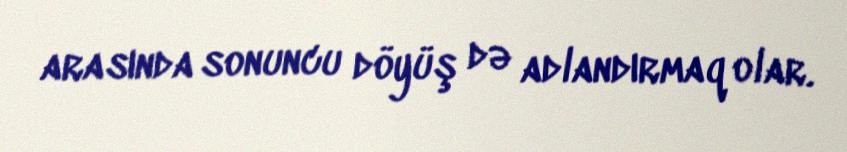
arasında sonuncu döyüş də adlandırmaq olar.